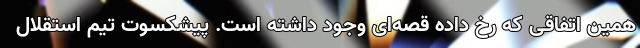
همین اتفاقی که رخ داده قصه‌ای وجود داشته است. پیشکسوت تیم استقلال